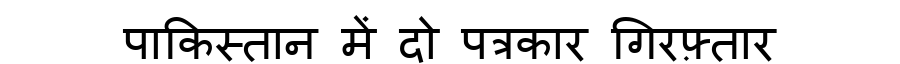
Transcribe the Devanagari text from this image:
पाकिस्तान में दो पत्रकार गिरफ़्तार